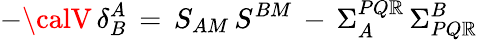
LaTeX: -{\calV}\, \delta_{B}^{A}\, =\, S_{AM}\, S^{BM}\, -\, \Sigma_{A}^{PQ\mathbb{R}}\, \Sigma_{PQ\mathbb{R}}^{B}